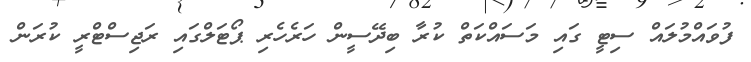
ފުވައްމުލައް ސިޓީ ގައި މަސައްކަތް ކުރާ ބިދޭސީން ހަރެހެރި ޕޯޓަލްގައި ރަޖިސްޓްރީ ކުރަން